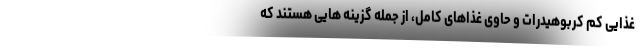
غذایی کم کربوهیدرات و حاوی غذاهای کامل، از جمله گزینه هایی هستند که